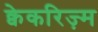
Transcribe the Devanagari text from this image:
क्वेकरिज़्म